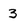
Character: 3